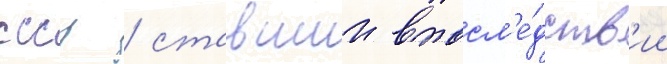
ссср / ставшии впосл'е́дств'ии